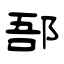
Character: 郚